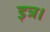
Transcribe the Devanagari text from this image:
इत्र।